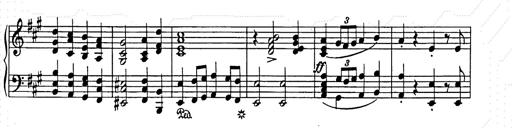
Title: Weihnachtsbaum
Composer: Franz Liszt